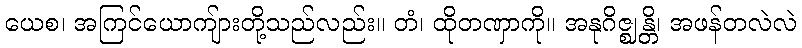
ယေစ၊ အကြင်ယောကျ်ားတို့သည်လည်း။ တံ၊ ထိုတဏှာကို။ အနုဂိဇ္ဈန္တိ၊ အဖန်တလဲလဲ